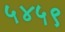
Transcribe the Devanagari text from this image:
५४५९